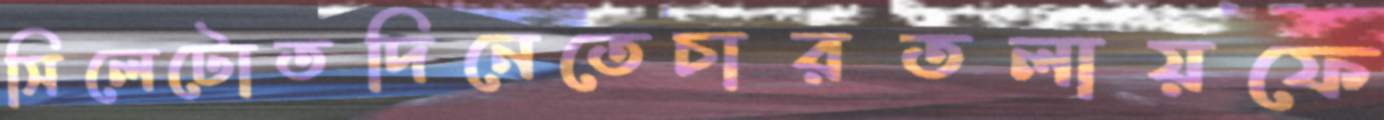
সিলেটোতদিনেতেচারতলায়ফে